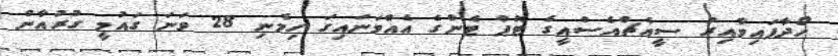
ހޯދާފައިވާއިރު ސީއެޗްއެސްއީގެ ޓޮޕް ޓެންގެ އެއްވަނައިގަ ހިމެނި 28 ވަނަ ގައުމީ ގުރުއާން